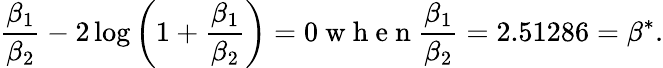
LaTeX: \frac{\beta_{1}}{\beta_{2}}-2\log{\left(1+\frac{\beta_{1}}{\beta_{2}}\right)}=0\mathrm{~w~h~e~n~}\frac{\beta_{1}}{\beta_{2}}=2.51286=\beta^{*}.